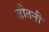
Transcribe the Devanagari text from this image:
जीतनी